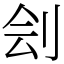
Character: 刽